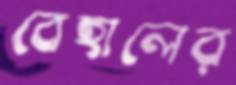
বেহালের